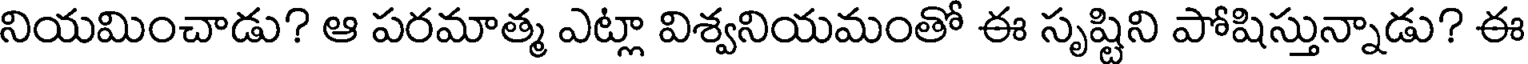
నియమించాడు? ఆ పరమాత్మ ఎట్లా విశ్వనియమంతో ఈ సృష్టిని పోషిస్తున్నాడు? ఈ